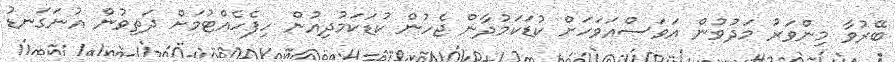
ބޭރުވާ މިންވަރު މަދުވުން އަވަސްއަވަހަށް ކުޑަކަމުދާން ޖެހުން ކުޑަކަމުދިއުން ހިފެހެއްޓުމަށް ދަތިވުން އުނަގަނޑު